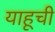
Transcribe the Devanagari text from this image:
याहूची